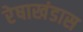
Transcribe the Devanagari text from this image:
रेषाखंडास